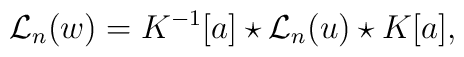
{{\mathcal L}_{n}}(w)=K^{-1}[a]\star{{\mathcal L}_{n}}(u)\star K[a],